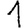
Digit: 1